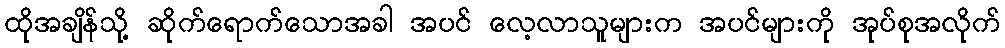
ထိုအချိန်သို့ ဆိုက်ရောက်သောအခါ အပင် လေ့လာသူများက အပင်များကို အုပ်စုအလိုက်